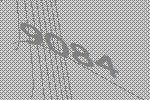
9084